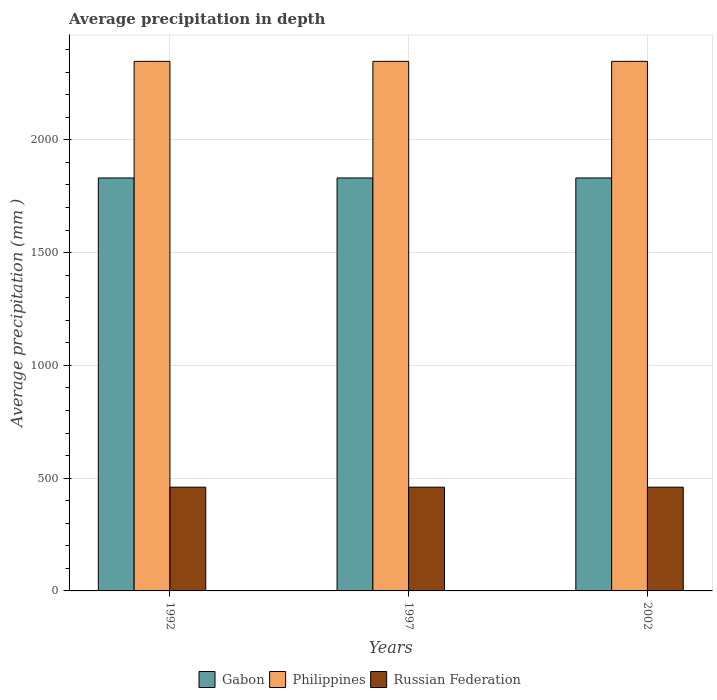
| Years | Gabon | Philippines | Russian Federation |
 | --- | --- | --- | --- |
 | 1992 | 1.83e+03 | 2.35e+03 | 460 |
 | 1997 | 1.83e+03 | 2.35e+03 | 460 |
 | 2002 | 1.83e+03 | 2.35e+03 | 460 |